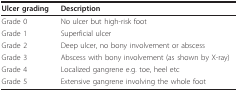
| Ulcer grading | Description |
 | --- | --- |
 | Grade 0 | No ulcer but high-risk foot |
 | Grade 1 | Superficial ulcer |
 | Grade 2 | Deep ulcer, no bony involvement or abscess |
 | Grade 3 | Abscess with bony involvement (as shown by X-ray) |
 | Grade 4 | Localized gangrene e.g. toe, heel etc |
 | Grade 5 | Extensive gangrene involving the whole foot |